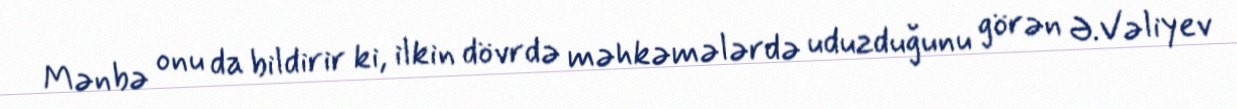
Mənbə onu da bildirir ki, ilkin dövrdə məhkəmələrdə uduzduğunu görən Ə.Vəliyev